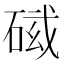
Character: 𥓛